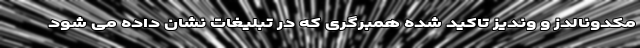
مکدونالدز و وندیز تاکید شده همبرگری که در تبلیغات نشان داده می شود